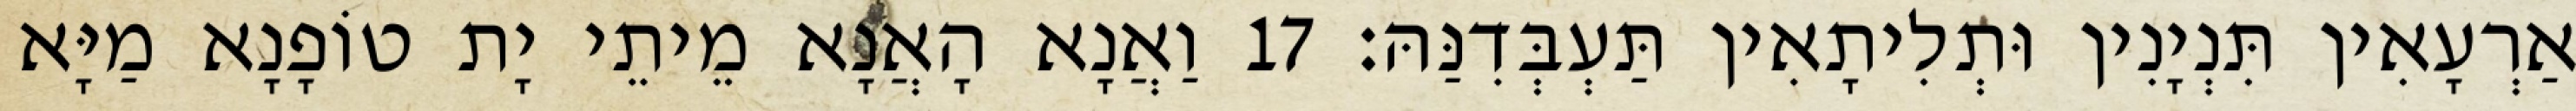
אַרְעָאִין תִּנְיָנִין וּתְלִיתָאִין תַּעְבְּדִנַּהּ׃ 17 וַאֲנָא הָאֲנָא מֵיתֵי יָת טוֹפָנָא מַיָּא